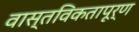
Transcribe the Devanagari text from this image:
वास्तविकतापूर्ण